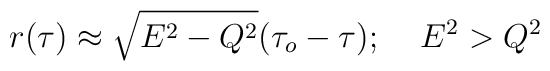
r(\tau)\approx\sqrt{E^2-Q^2}(\tau_o-\tau);\;\;\;\;E^2>Q^2